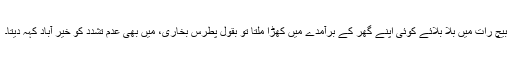
بیچ رات میں بلا بلائے کوئی اپنے گھر کے برآمدے میں کھڑا ملتا تو بقول پطرس بخاری، میں بھی عدم تشدد کو خیر آباد کہہ دیتا۔